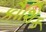
કૌશિક